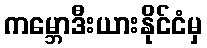
ကမ္ဘောဒီးယားနိုင်ငံမှ